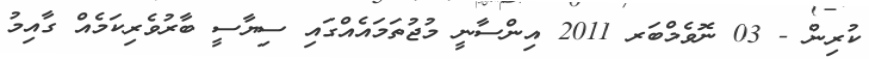
ކުރިން - 03 ނޮވެމްބަރ 2011 އިންސާނީ މުޖުތަމައެއްގައި ސިޔާސީ ބާރުވެރިކަމެއް ގާއިމު